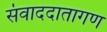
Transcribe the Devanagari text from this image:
संवाददातागण